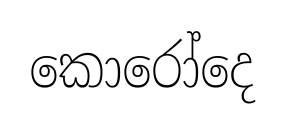
කොරෝදෙ